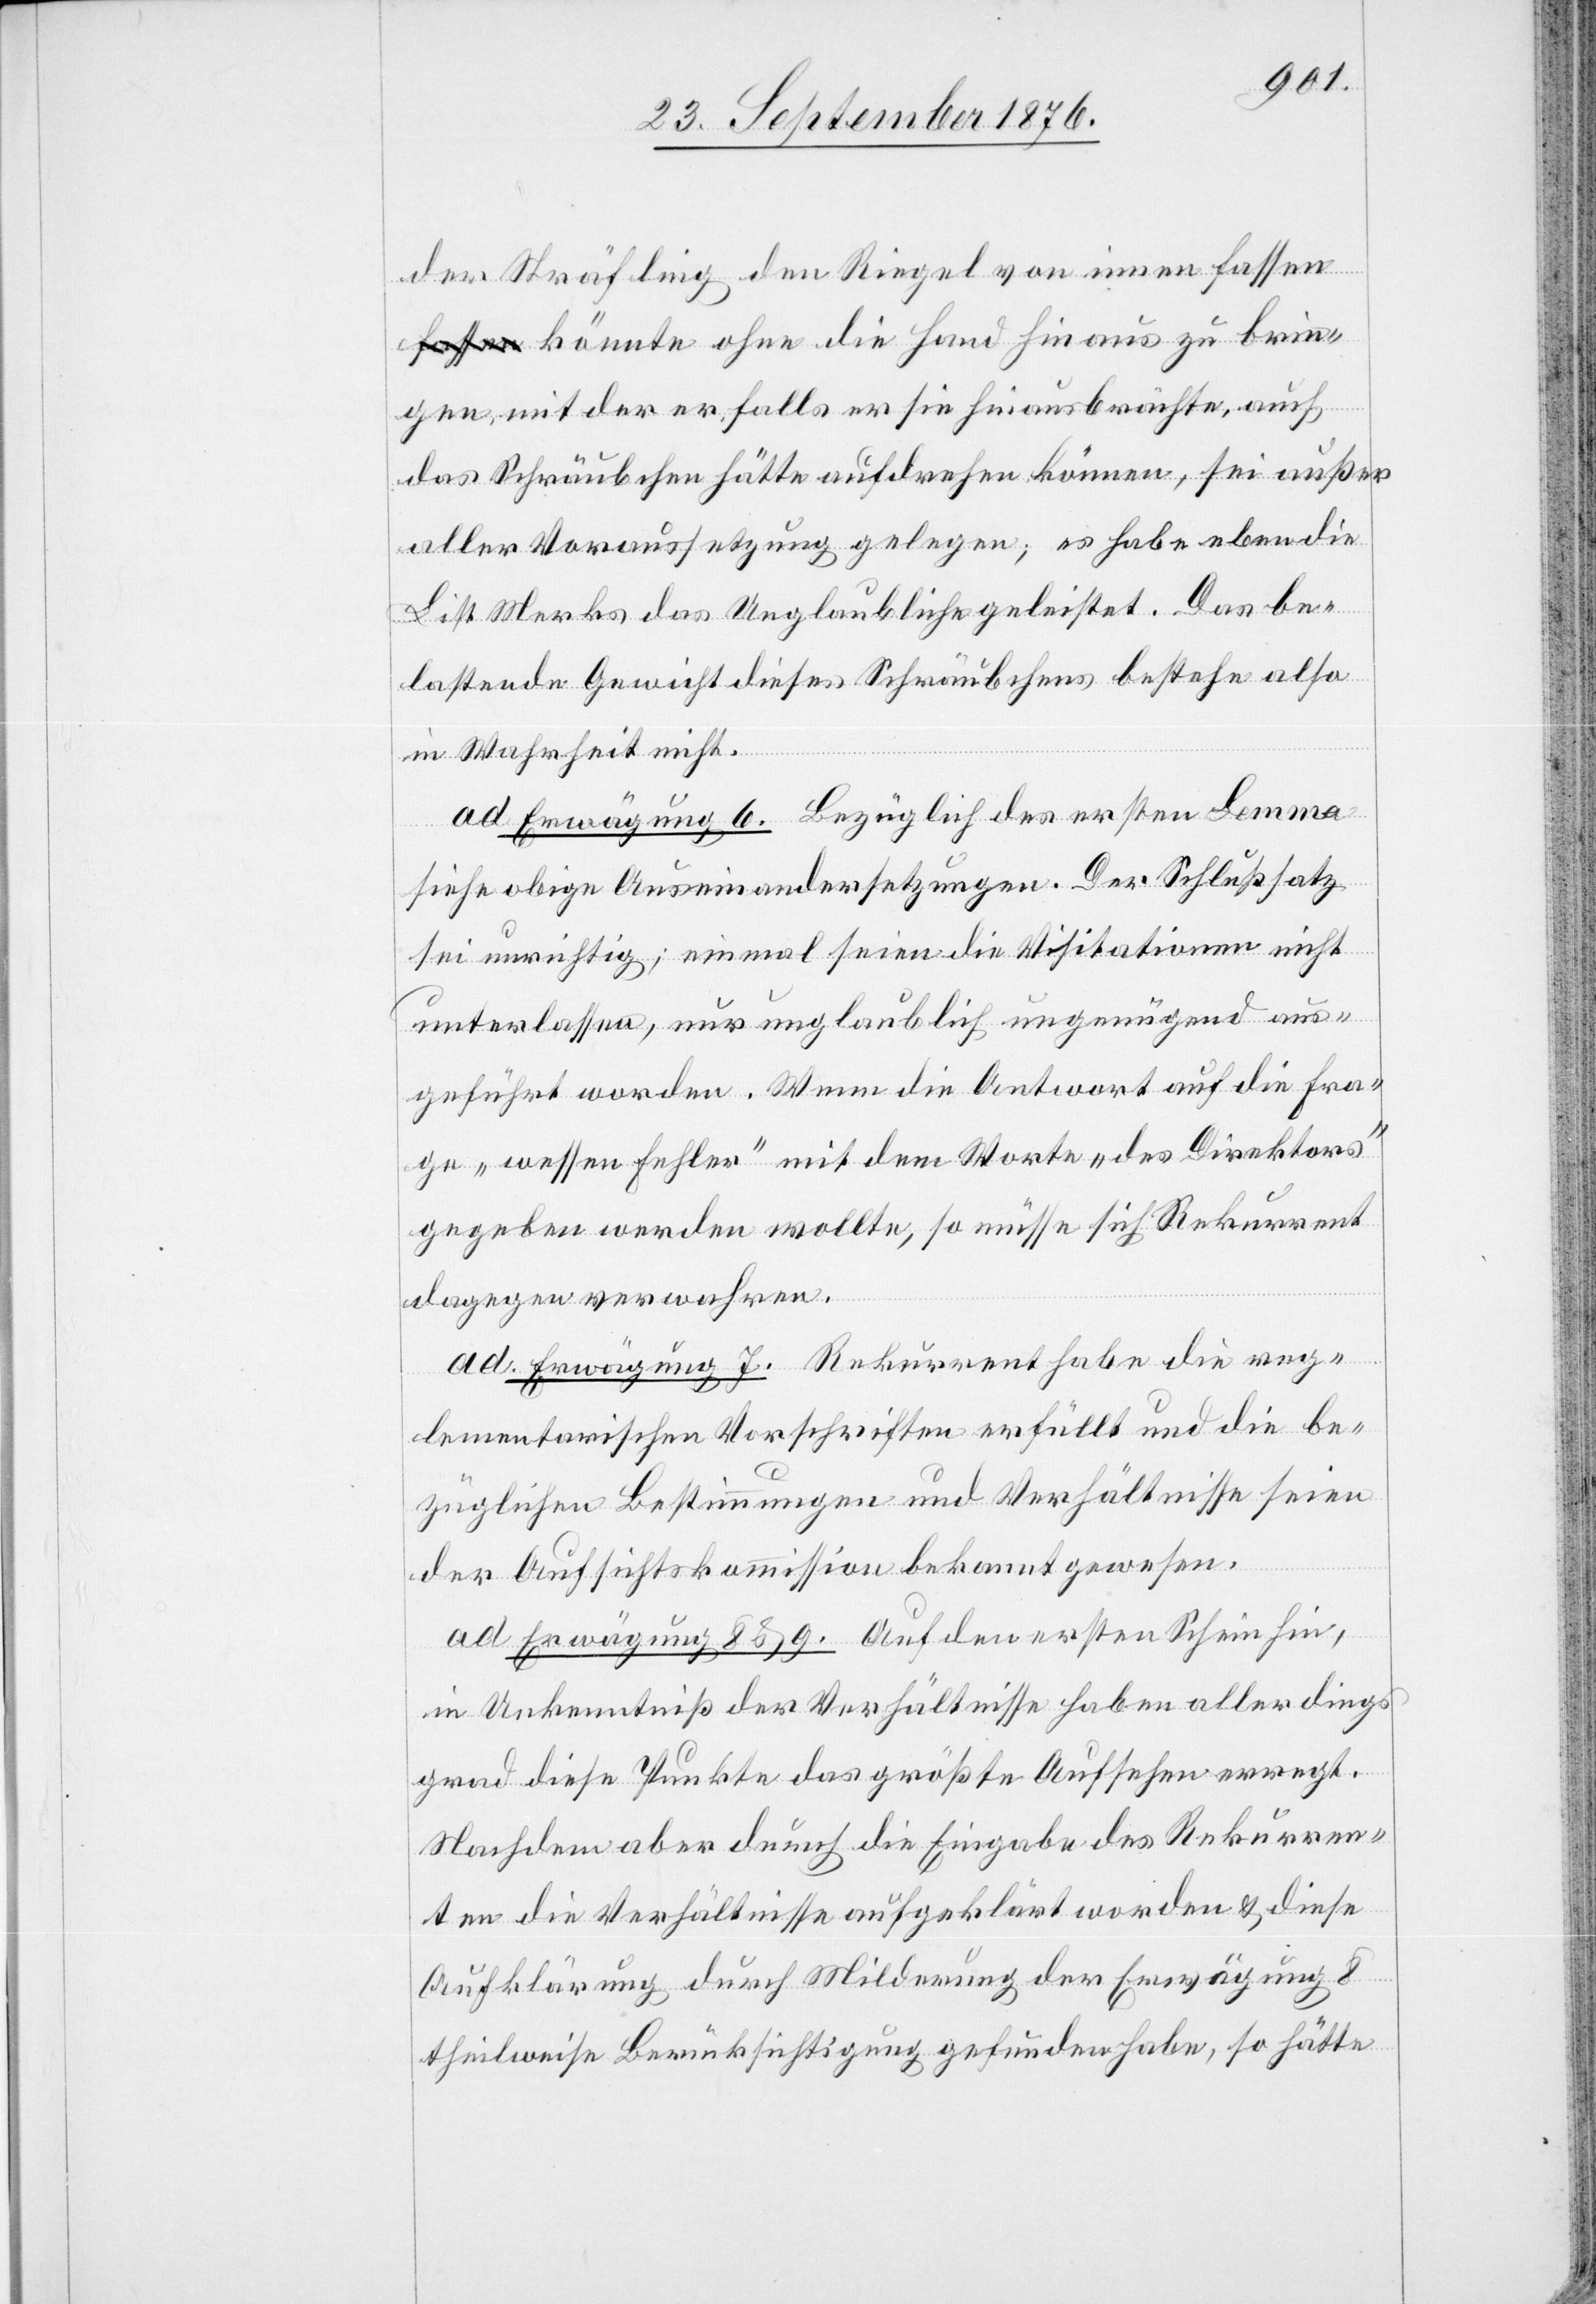
der Sträfling den Riegel von innen fassen
könnte ohne die Hand hinaus zu brin¬
gen, mit der er falls er sie hinausbrächte, auch
das Schräubchen hätte aufdrehen können, sei außer
aller Voraussetzung gelegen; es habe eben die
List Merks das Unglaubliche geleistet. Das be¬
lastende Gewicht dieses Schräubchens bestehe also
in Wahrheit nicht.
d. Erwägung 6. Bezüglich des ersten Lemma
siehe obige Auseinandersetzungen. Der Schlußsatz
sei unrichtig; einmal seien die Visitationen nicht
unterlassen, nur unglaublich ungenügend aus¬
geführt worden. Wenn die Antwort auf die Fra¬
ge „wessen Fehler“ mit dem Worte „des Direktors“
gegeben werden wollte, so müsse sich Rekurrent
dagegen verwahren.
d. Erwägung 7. Rekurrent habe die reg¬
lementarischen Vorschriften erfüllt und die be¬
züglichen Bestimmungen und Verhältnisse seien
der Aufsichtskommission bekannt gewesen.
d. Erwägung 8 & 9. Auf den ersten Schein hin,
in Unkenntniß der Verhältnisse haben allerdings
grad diese Punkte das größte Aufsehen erregt.
Nachdem aber durch die Eingabe des Rekurren¬
ten die Verhältnisse aufgeklärt worden & diese
Aufklärung durch Milderung der Erwägung 8
theilweise Berücksichtigung gefunden habe, so hätte